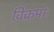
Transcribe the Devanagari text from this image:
विक्रमाः